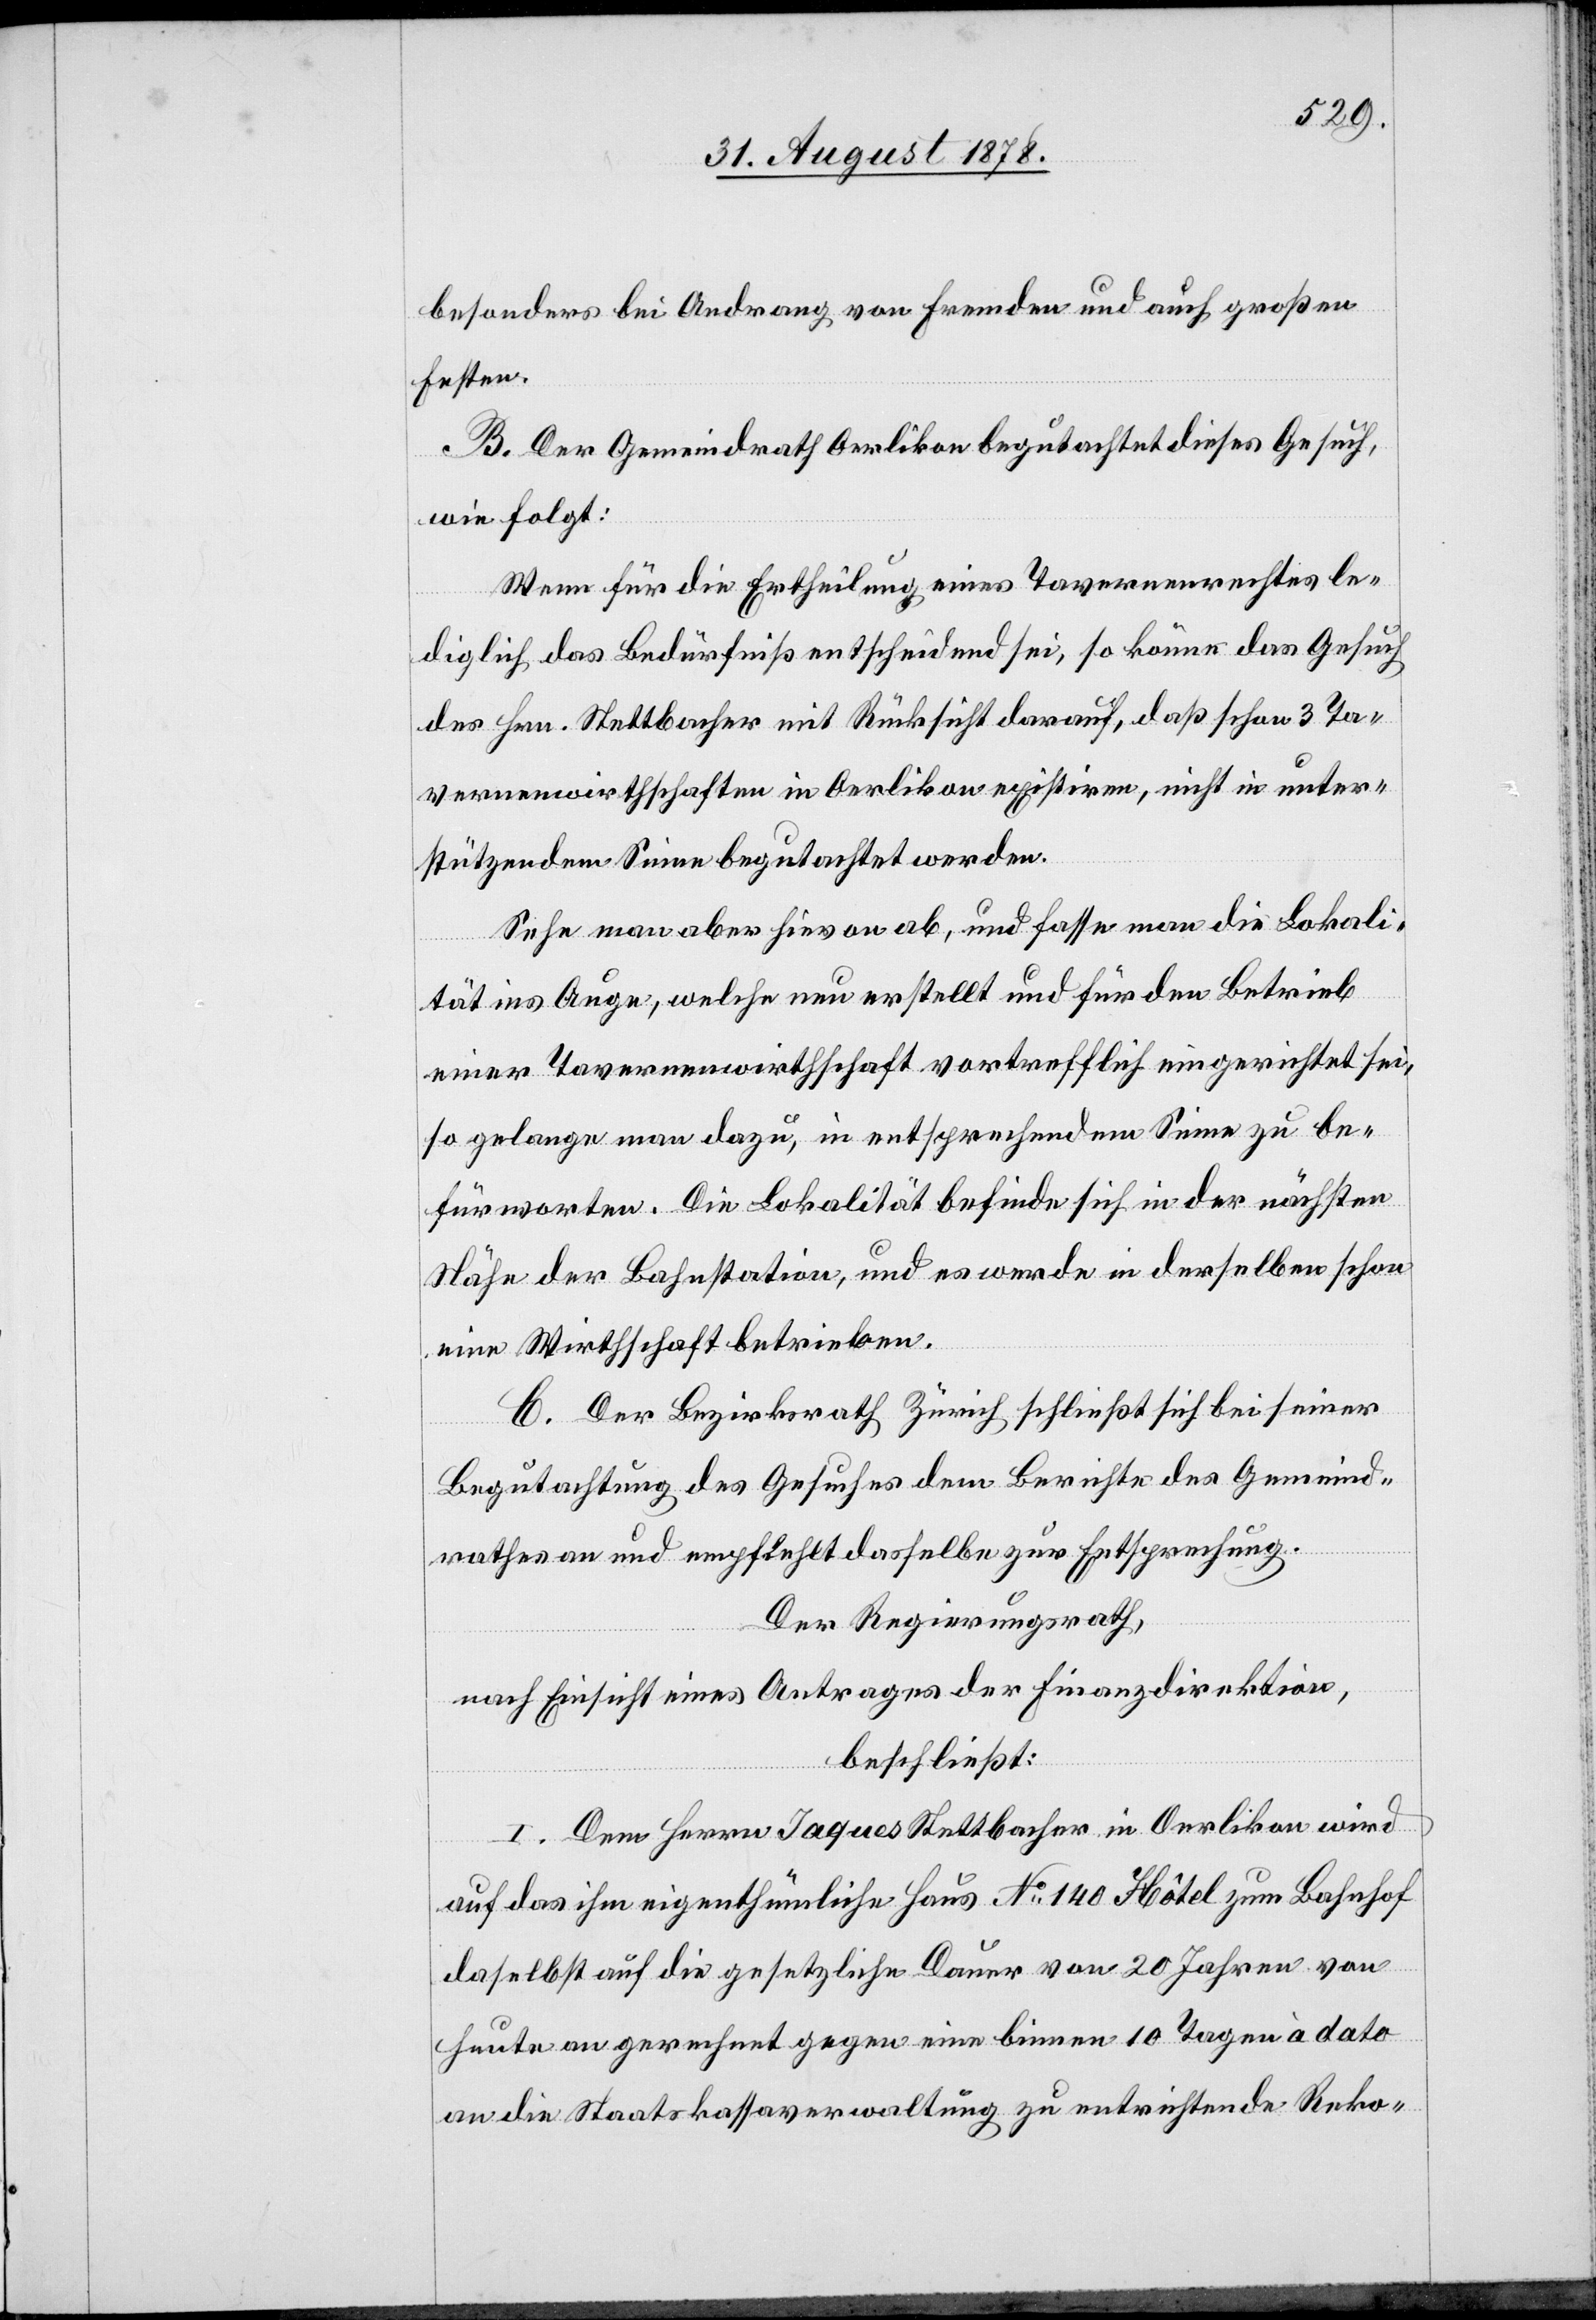
besonders bei Andrang von Fremden und auch großen
Festen.
B. Der Gemeindrath Oerlikon begutachtet dieses Gesuch,
wie folgt:
Wenn für die Ertheilung eines Tavernenrechtes le¬
diglich das Bedürfniß entscheidend sei, so könne das Gesuch
des Hrn. Stettbacher mit Rücksicht darauf, daß schon 3 Ta¬
vernenwirthschaften in Oerlikon existiren, nicht in unter¬
stützendem Sinn begutachtet werden.
Sehe man aber hievon ab, und fasse man die Lokali¬
tät ins Auge, welche neu erstellt und für den Betrieb
einer Tavernenwirthschaft vortrefflich eingerichtet sei,
so gelange man dazu, in entsprechendem Sinne zu be¬
fürworten. Die Lokalität befinde sich in der nächsten
Nähe der Bahnstation, und es werde in derselben schon
eine Wirthschaft betrieben.
C. Der Bezirksrath Zürich schließt sich bei seiner
Begutachtung des Gesuches dem Berichte des Gemeind¬
rathes an und empfiehlt dasselbe zur Entsprechung.
Der Regierungsrath,
nach Einsicht eines Antrages der Finanzdirektion,
beschließt:
I. Dem Herrn Jaques Stettbacher in Oerlikon wird
auf das ihm eigenthümliche Haus No 140 Hôtel zum Bahnhof
daselbst auf die gesetzliche Dauer von 20 Jahren von
heute an gerechnet gegen eine binnen 10 Tagen à dato
an die Staatskassaverwaltung zu entrichtende Re-